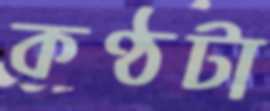
কণ্ঠটা